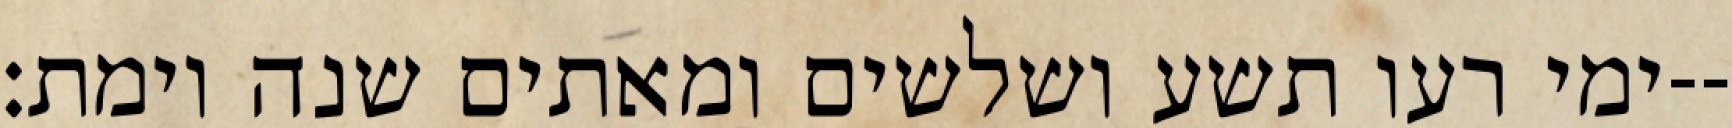
ימי רעו תשע ושלשים ומאתים שנה וימת׃--